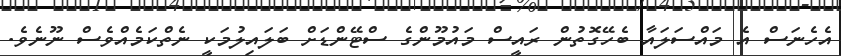
އެހެނަސް އެ މައްސަލައާ ބެހޭގޮތުން ރައީސް މައުމޫންގެ ސްޓޭންޑަށް ބަލައިލުމަކީ ނެތްކަމެއްވެސް ނޫނެވެ.